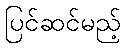
ပြင်ဆင်မည့်